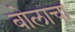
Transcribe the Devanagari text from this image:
बोलाचा